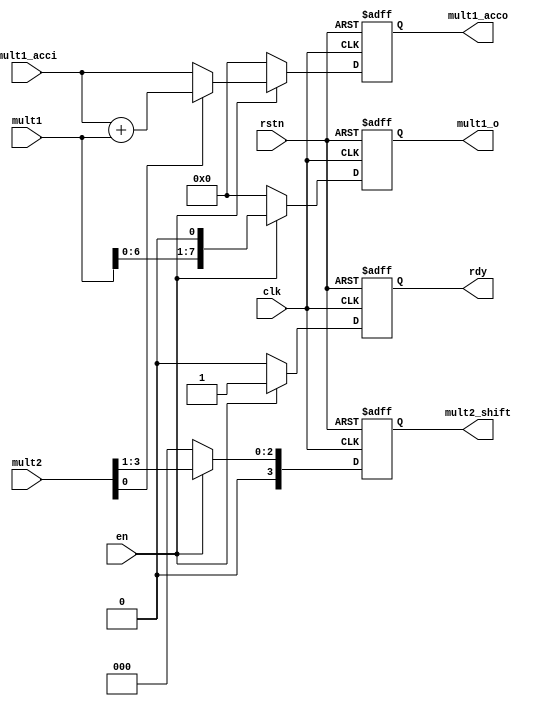
module    mult_cell
  #(parameter N=4,
    parameter M=4)
 (
      input                     clk,
      input                     rstn,
      input                     en,
      input [M+N-1:0]           mult1,
      input [M-1:0]             mult2,
      input [M+N-1:0]           mult1_acci,

      output reg [M+N-1:0]      mult1_o,
      output reg [M-1:0]        mult2_shift, //keep divisor for pipeline
      output reg [N+M-1:0]      mult1_acco,   //keep acc results for pipeline
      output reg                rdy
  );

   always @(posedge clk or negedge rstn) begin
      if (!rstn) begin
         rdy            <= 'b0 ;
         mult1_o        <= 'b0 ;
         mult1_acco     <= 'b0 ;
         mult2_shift    <= 'b0 ;
      end
      else if (en) begin
         rdy            <= 1'b1 ;
         mult2_shift    <= mult2 >> 1 ;
         mult1_o        <= mult1 << 1 ;
         if (mult2[0]) begin
            mult1_acco  <= mult1_acci + mult1 ;
         end
         else begin
            mult1_acco  <= mult1_acci ;
         end
      end
      else begin
         rdy            <= 'b0 ;
         mult1_o        <= 'b0 ;
         mult1_acco     <= 'b0 ;
         mult2_shift    <= 'b0 ;
      end
   end // always @ (posedge clk or negedge rstn)

endmodule